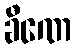
ခီဏေ